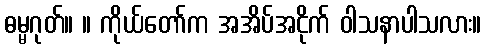
ဓမ္မဂုတ်။ ။ ကိုယ်တော်က အအိပ်အငိုက် ဝါသနာပါသလား။